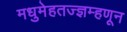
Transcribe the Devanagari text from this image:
मधुमेहतज्ज्ञम्हणून